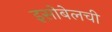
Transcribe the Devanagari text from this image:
इसोबेलची